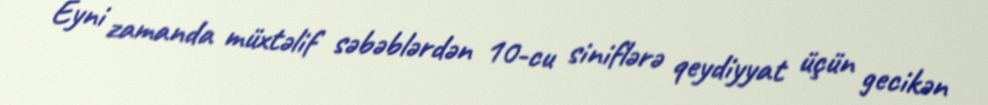
Eyni zamanda müxtəlif səbəblərdən 10-cu siniflərə qeydiyyat üçün gecikən